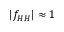
\begin{array} { r } { \left| f _ { H H } \right| \approx 1 } \end{array}